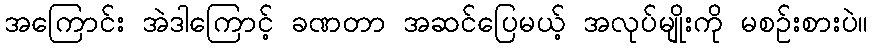
အကြောင်း အဲဒါကြောင့် ခဏတာ အဆင်ပြေမယ့် အလုပ်မျိုးကို မစဉ်းစားပဲ။